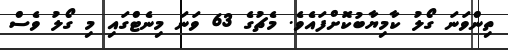
ތިންވަނަ ގޯލު ކާމިޔާބުކޮށްފައެވެ. މެޗުގެ 63 ވަނަ މިނެޓްގައި މި ގޯލު ވެސް